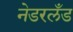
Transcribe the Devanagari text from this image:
नेडरलँड